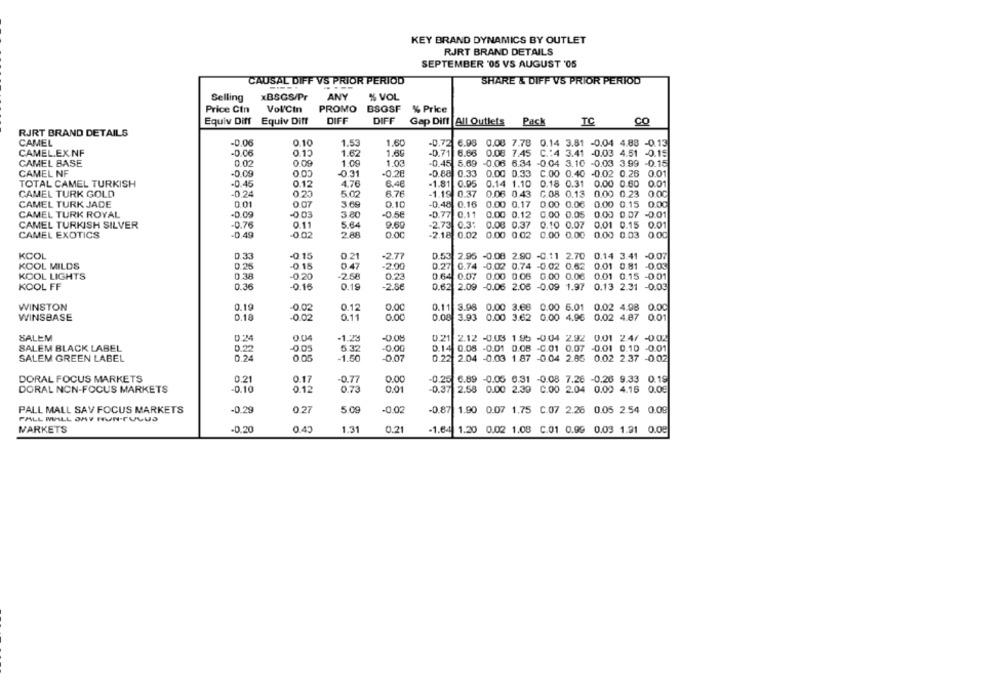
KEY BRAND DYNAMICS BY OUTLET
RJRT BRAND DETAILS
SEPTEMBER '05 VS AUGUST '05
CAUSAL DIFF VS PRIOR PERIOD
SHARE & DIFF VS PRIOR PERIOD
xBSGS/Pr
ANY
% VOL
Selling
Price Cin
Vol/Cin
PROMO BSGSF
% Price
Equiv Diff
Equiv Diff
DIFF
DIFF
Gap Diff All Outlets Pack
TC
CO
RJRT BRAND DETAILS
CAMEL
-0.06
0.10
1.53
1.60
-0.72 6.98
0.08 7.78 0.14 3.81 -0.04 4.88 -0.13
CAMEL.EXNF
-D.C6
1.62
1.60
-0.71 6.66
0.08 7.45
0.13
C .: 4 3.41 -0.03 4.51 -0.15
CAMEL BASE
0.02
0.09
COO
1.09
1.03
0.45
5.69 -0.06 6.34
-0.04 3.10 -0.03 3.99 -0.15
CAMEL NF
-0.08
-0.31
-0.28
-0.88
0.33
0.00 0.33
C.00 0.40 -0.02 0.26
0.01
TOTAL CAMEL TURKISH
-0.45
0.12
4.76
6.46
-1.81 0.95
0.14 1.10
0.18 0.31
0.00 0.60
0.01
CAMEL TURK GOLD
-0.24
5.02
6.76
-1.19 0.37
0.06 0.43
₲.08 0.13
0.00 0.23 0.00
CAMEL TURK JADE
0.01
0.07
3.69
0.10
-0.48 0.16
0.00 0.17
0.00 0.06
0.00 0.15
0.00
CAMEL TURK ROYAL
3 80
-0.56
-0.77
0.11
0.00 0.12
0.00 0.05
0.00 0.07 -0.01
CAMEL TURKISH SILVER
-0.76
0.11
5.64
9.60
2.73 0.3%
0.08 0.37
0.10 0.07
0.01 0.15 0.01
CAMEL EXOTICS
-0,49
-0 02
2 88
0.0C
-2.18 0.02 0.00 0.02 0.00 0.00
0.00 0.03 0.00
KCOL
0.33
-0.15
0.21
-2.77
0.53 2.95 -0.08 2.90 -0.11 2.70
0.14 3.41 -0.07
KOOL MILDS
0.25
-0.15
0.47
-2.00
0.27 0.74 -0.02 0.74 -0.02 0.62
0.01 0.81 -0.03
KOOL LIGHTS
0.38
-0.20
-2.68
0.23
0.64 0.07 0.00 0.06 0.00 0.06
0.01 0.15 -0.01
KOOL FF
0.36
-0.16
0.19
-2.5€
0.62 2.09 -0.06 2.06 -0.09 1.97 0.13 2.31 -0.03
WINSTON
0.19
-0.02
0.12
0.00
0.11 3.98 0.00 3.66 0.00 6.01 0.02 4.98 0.00
WINSBASE
0.18
-0.02
0.11
0.00
0.08 3.93 0.00 3.62 0.00 4.96 0.02 4.87 0.01
SALEM
0.24
0 04
-1.23
-0.OM
0.21 2.12 -0.03 1.95 -0.04 2.92 0.01 24/ -0.02
SALEM BLACK LABEL
D.22
005
5:32
-0.0G
0.14 0.08 -0.01 0.08 -0.01 0.07 -0.01 0.10 -0.01
SALEM GREEN LABEL
0.24
0.05
-1.50
0.07
0.22 2.04 -0.03 1.87 -0.04 2.65 0.02 2.37 -0.02
DORAL FOCUS MARKETS
0.21
0.17
-0.77
0.00
-0.25 6.89 -0.05 0.91 -0.08 7.26 -0.26 9.33 0.19
-0.10
0.01
DORAL NON-FOCUS MARKETS
0.12
0.73
-0.37 2.58 0.00 2.30 C.00 2.04 0.00 4.16 0.08
-0.02
PALL MALL SAV FOCUS MARKETS
-0.29
0.27
5.09
-0.87 1.90 0.07 1.75 C.07 2.26 0.05 2.54 0.09
PALL MALL JAY HUN-TULUS
-0.20
1.31
0.21
MARKETS
0.45
-1.64 1.20 0.02 1.08 C.01 0.99 0.03 1.91 0.08